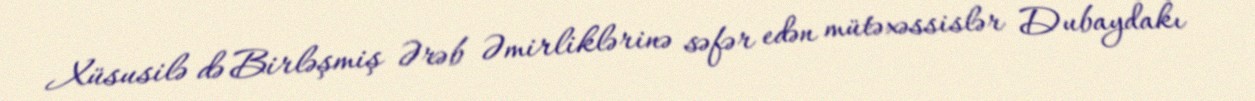
Xüsusilə də Birləşmiş Ərəb Əmirliklərinə səfər edən mütəxəssislər Dubaydakı